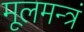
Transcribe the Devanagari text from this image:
मूलमन्त्रं